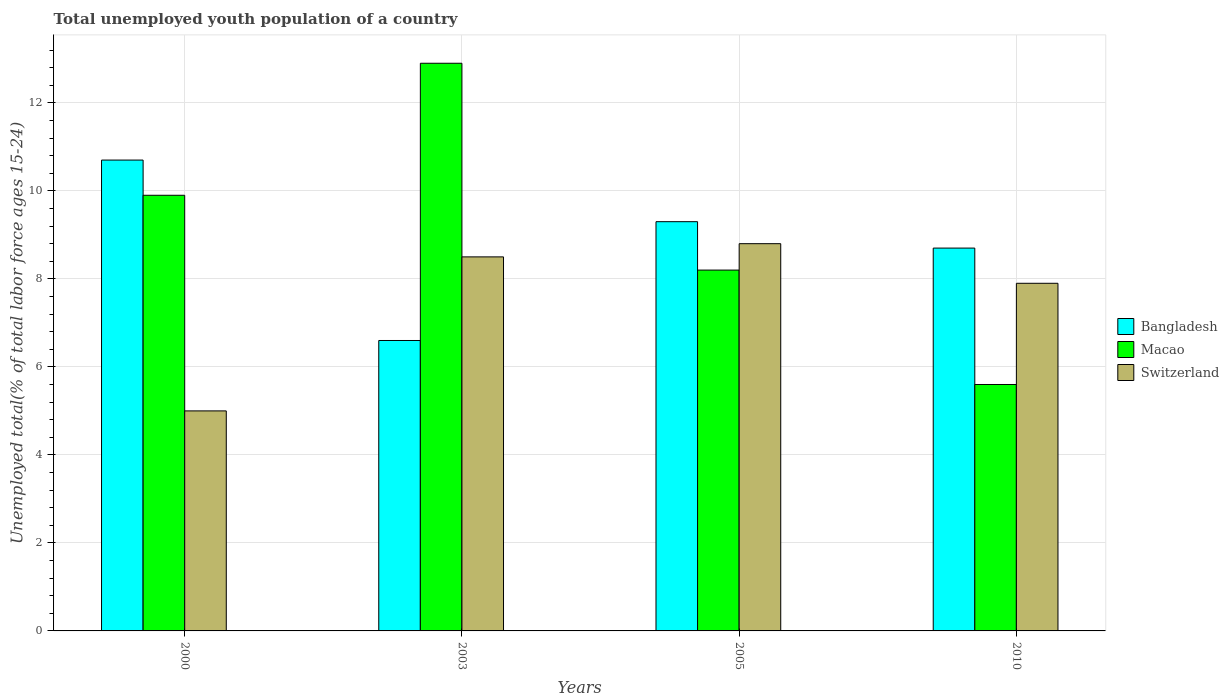
| Years | Bangladesh | Macao | Switzerland |
 | --- | --- | --- | --- |
 | 2000 | 10.7 | 9.9 | 5 |
 | 2003 | 6.6 | 12.9 | 8.5 |
 | 2005 | 9.3 | 8.2 | 8.8 |
 | 2010 | 8.7 | 5.6 | 7.9 |